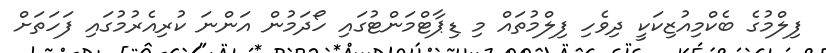
ފިލްމުގެ ބެކްމިއުޒިކަކީ ދިވެހި ފިލްމުތައް މި ޑިޕާޓްމަންޓުގައި ހޯދަމުން އަންނަ ކުރިއެރުމުގައި ފަހަތަށް